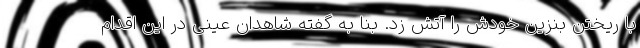
با ریختن بنزین خودش را آتش زد. بنا به گفته شاهدان عینی در این اقدام